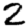
Digit: 2